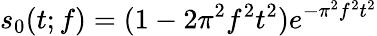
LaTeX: s_{0}(t;f)=(1-2\pi^{2}f^{2}t^{2})e^{-\pi^{2}f^{2}t^{2}}